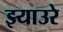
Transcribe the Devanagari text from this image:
झ्याउरे